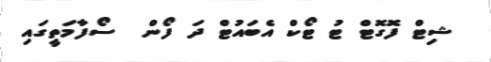
ޝިޓް ފޮގޮޓް ޓު ޓޯކް އެބައުޓް ދަ ފޯން  ސޯފާމަތީގައި